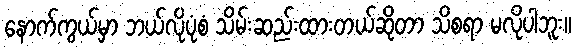
နောက်ကွယ်မှာ ဘယ်လိုပုံစံ သိမ်းဆည်းထားတယ်ဆိုတာ သိစရာ မလိုပါဘူး။